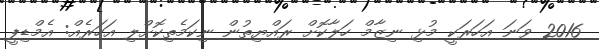
2016 ވަނަ އަހަރަކީ މުޅި ނިޒާމް ހަލާކޮށް ރައްޔިތުން ނިކަމެތިކޮށްލި އަހަރެއް: އެމްޑިޕީ